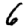
Digit: 6